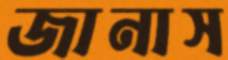
জানাস